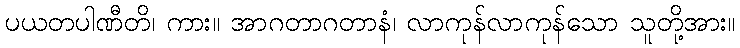
ပယတပါဏီတိ၊ ကား။ အာဂတာဂတာနံ၊ လာကုန်လာကုန်သော သူတို့အား။